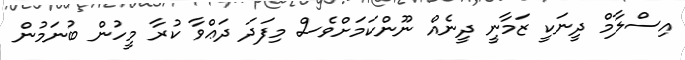
އިސްލާމް ދީނަކީ ޒަމާނީ ދީނެއް ނޫންކަމަށްވެސް މިފަދަ ދަޢްވާ ކުރާ މީހުން ބުނަމުން